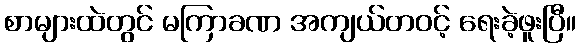
စာများထဲတွင် မကြာခဏ အကျယ်တဝင့် ရေးခဲ့ဖူးပြီ။